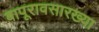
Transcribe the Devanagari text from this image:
बापूरावसारख्या